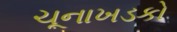
ચૂનાખડકો